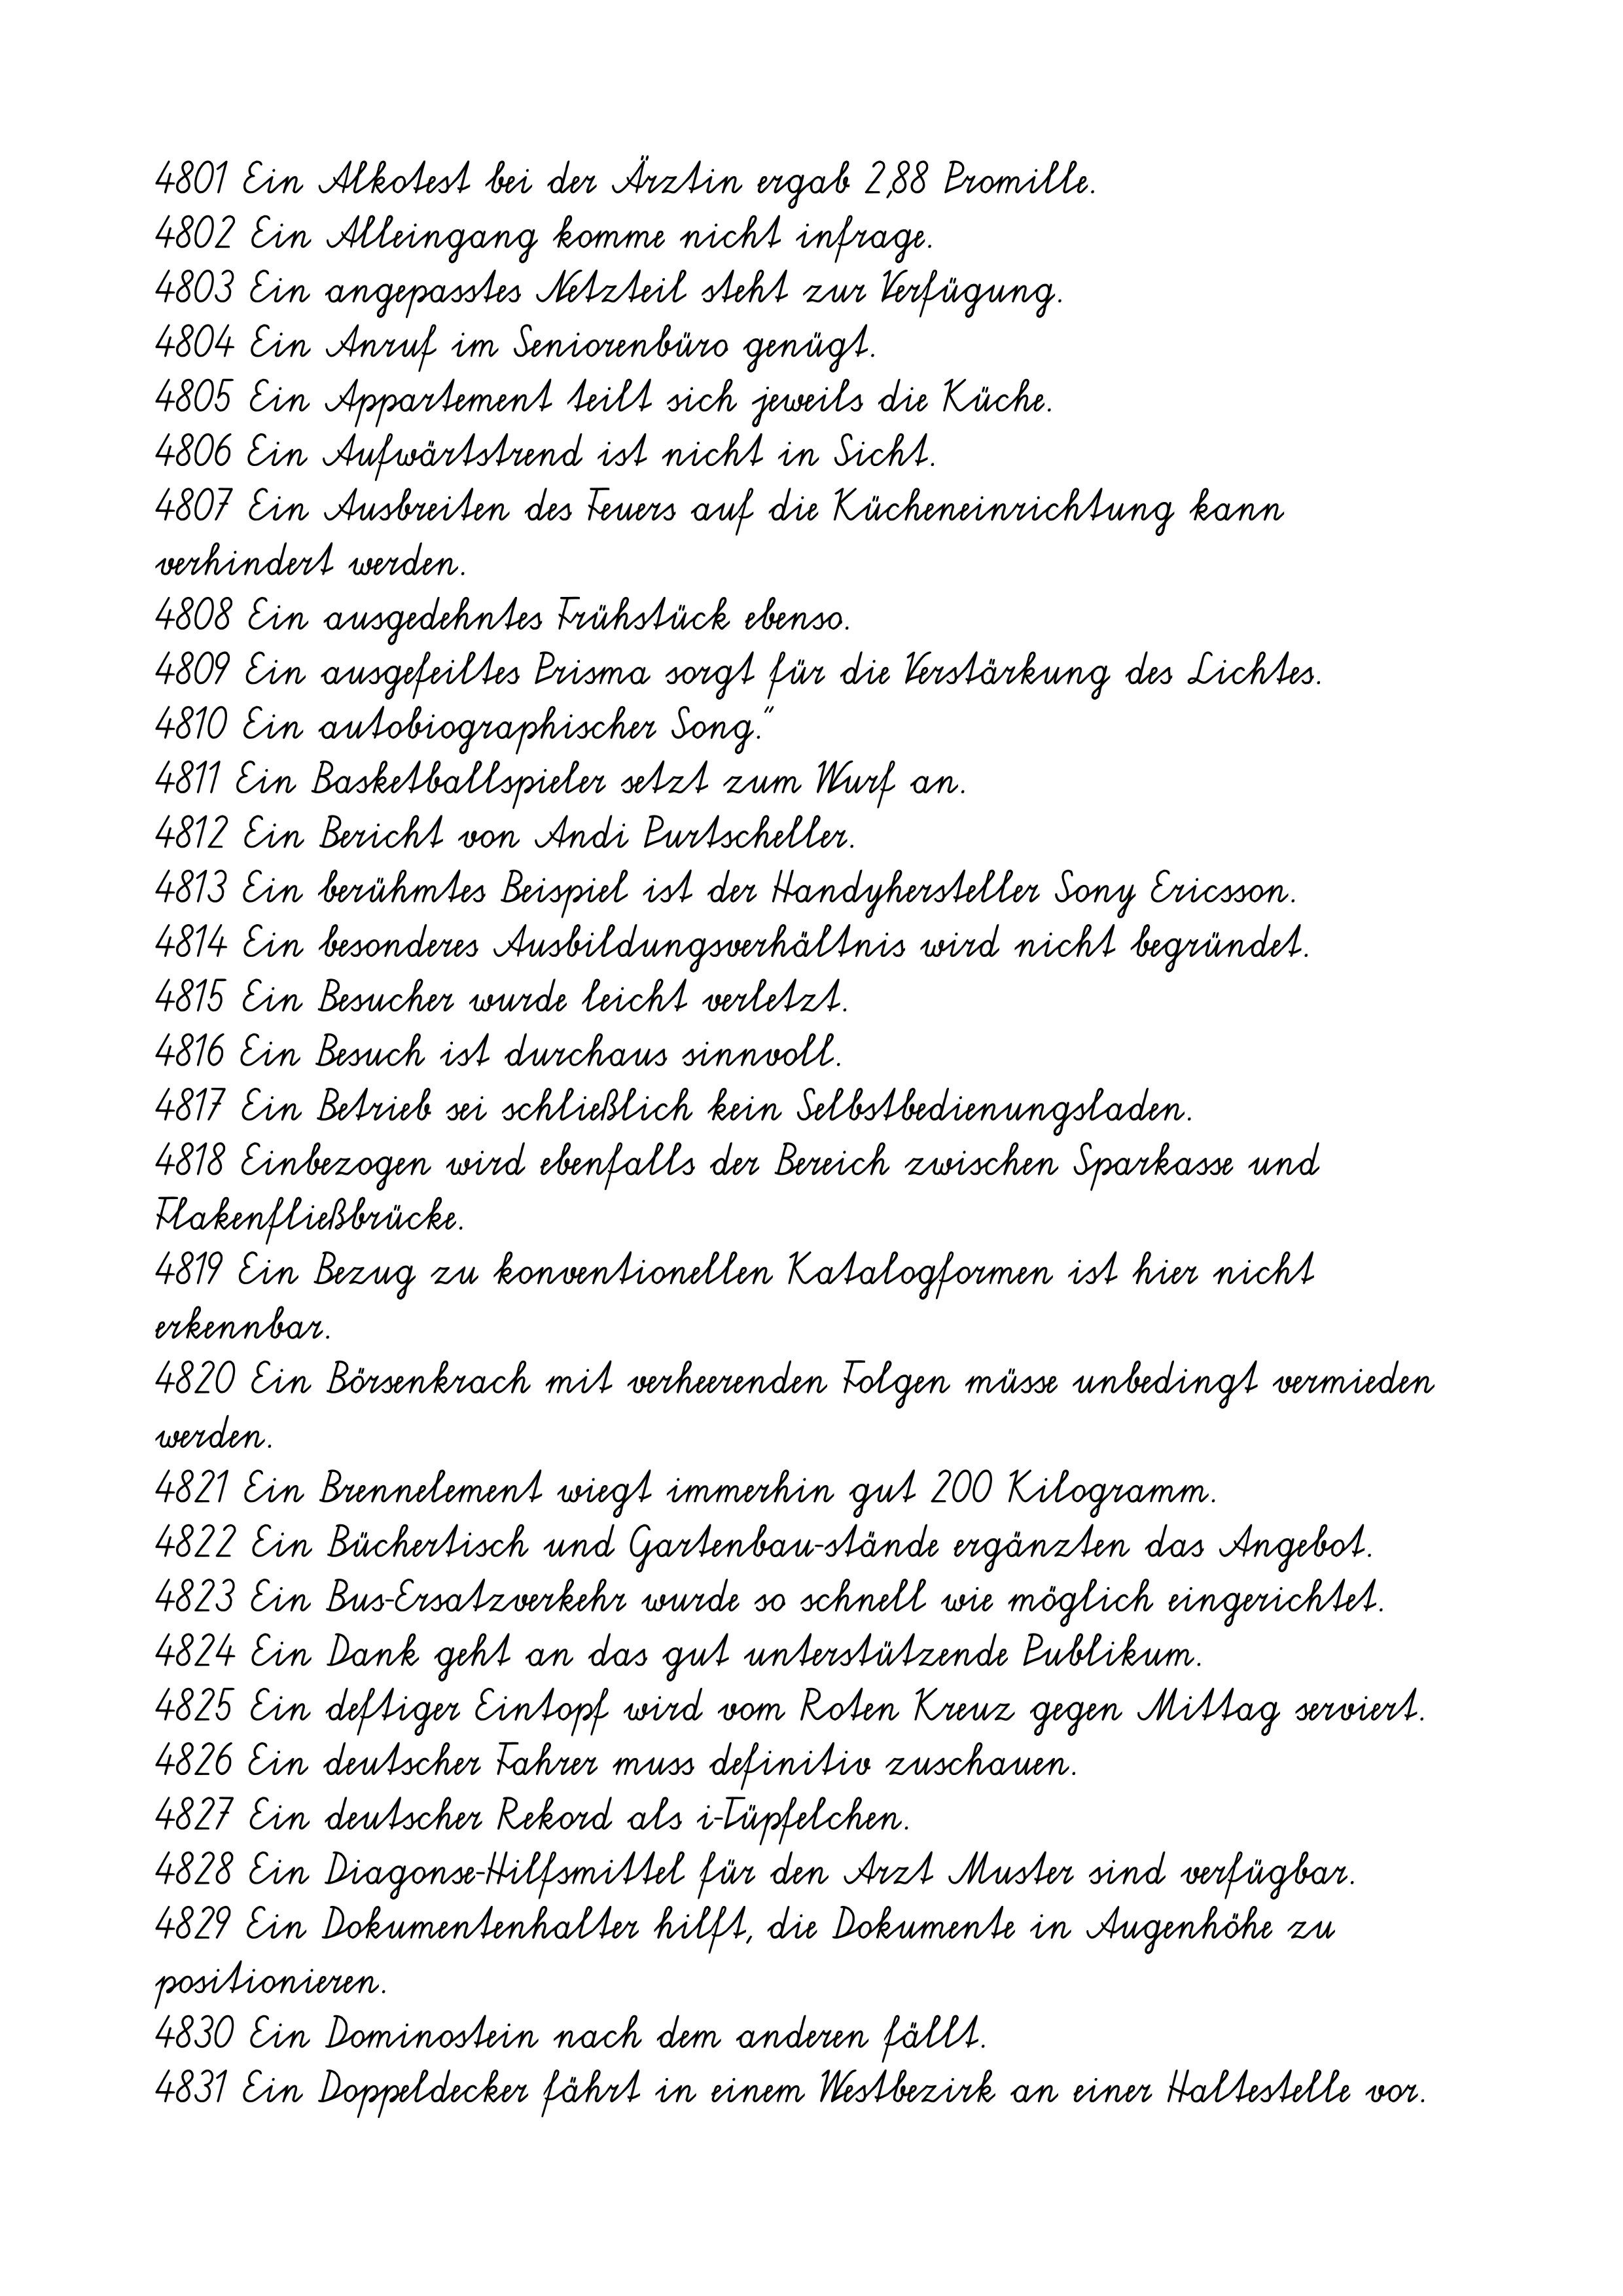
4801 Ein Alkotest bei der Ärztin ergab 2,88 Promille.
4802 Ein Alleingang komme nicht infrage.
4803 Ein angepasstes Netzteil steht zur Verfügung.
4804 Ein Anruf im Seniorenbüro genügt.
4805 Ein Appartement teilt sich jeweils die Küche.
4806 Ein Aufwärtstrend ist nicht in Sicht.
4807 Ein Ausbreiten des Feuers auf die Kücheneinrichtung kann
verhindert werden.
4808 Ein ausgedehntes Frühstück ebenso.
4809 Ein ausgefeiltes Prisma sorgt für die Verstärkung des Lichtes.
4810 Ein autobiographischer Song."
4811 Ein Basketballspieler setzt zum Wurf an.
4812 Ein Bericht von Andi Purtscheller.
4813 Ein berühmtes Beispiel ist der Handyhersteller Sony Ericsson.
4814 Ein besonderes Ausbildungsverhältnis wird nicht begründet.
4815 Ein Besucher wurde leicht verletzt.
4816 Ein Besuch ist durchaus sinnvoll.
4817 Ein Betrieb sei schließlich kein Selbstbedienungsladen.
4818 Einbezogen wird ebenfalls der Bereich zwischen Sparkasse und
Flakenfließbrücke.
4819 Ein Bezug zu konventionellen Katalogformen ist hier nicht
erkennbar.
4820 Ein Börsenkrach mit verheerenden Folgen müsse unbedingt vermieden
werden.
4821 Ein Brennelement wiegt immerhin gut 200 Kilogramm.
4822 Ein Büchertisch und Gartenbau-stände ergänzten das Angebot.
4823 Ein Bus-Ersatzverkehr wurde so schnell wie möglich eingerichtet.
4824 Ein Dank geht an das gut unterstützende Publikum.
4825 Ein deftiger Eintopf wird vom Roten Kreuz gegen Mittag serviert.
4826 Ein deutscher Fahrer muss definitiv zuschauen.
4827 Ein deutscher Rekord als i-Tüpfelchen.
4828 Ein Diagonse-Hilfsmittel für den Arzt Muster sind verfügbar.
4829 Ein Dokumentenhalter hilft, die Dokumente in Augenhöhe zu
positionieren.
4830 Ein Dominostein nach dem anderen fällt.
4831 Ein Doppeldecker fährt in einem Westbezirk an einer Haltestelle vor.